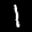
Label: 1